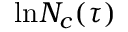
\mathrm { l n } N _ { c } ( \tau )